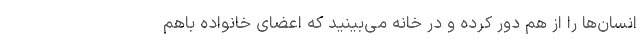
انسان‌ها را از هم دور کرده و در خانه می‌بینید که اعضای خانواده باهم